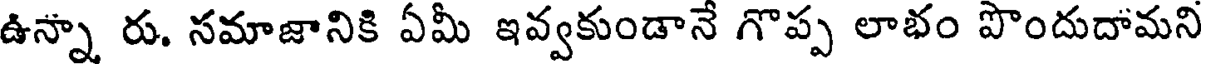
ఉన్నా రు. సమాజానికి ఏమీ ఇవ్వకుండానే గొప్ప లాభం పొందుదామని